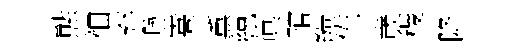
㷱袖弃脉嵩薫綂眞琯縞佐歳稷降